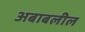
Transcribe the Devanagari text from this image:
अबाबलील